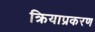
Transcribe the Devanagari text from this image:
क्रियाप्रकरण